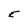
Character: E